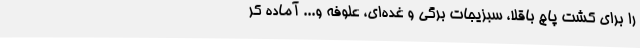
را برای کشت پاچ باقلا، سبزیجات برگی و غده‌ای، علوفه و... آماده کر